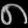
Digit: ၈